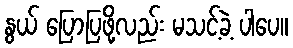
နွယ် ပြောပြဖို့လည်း မသင့်ခဲ့ ပါပေ။